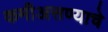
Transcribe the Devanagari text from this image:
कमीअसण्याचे